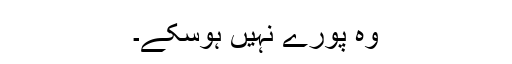
وہ پورے نہیں ہوسکے۔